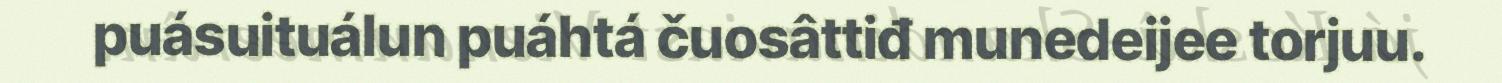
puásuituálun puáhtá čuosâttiđ munedeijee torjuu.